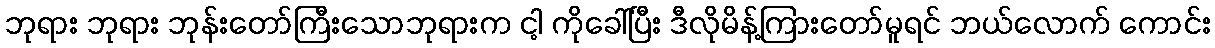
ဘုရား ဘုရား ဘုန်းတော်ကြီးသောဘုရားက ငါ့ ကိုခေါ်ပြီး ဒီလိုမိန့်ကြားတော်မူရင် ဘယ်လောက် ကောင်း